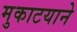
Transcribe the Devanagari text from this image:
मुकाटयाने